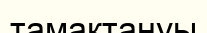
тамақтануы